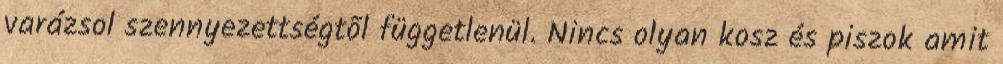
varázsol szennyezettségtõl függetlenül. Nincs olyan kosz és piszok amit